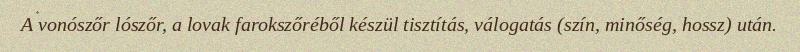
A vonószőr lószőr, a lovak farokszőréből készül tisztítás, válogatás (szín, minőség, hossz) után.